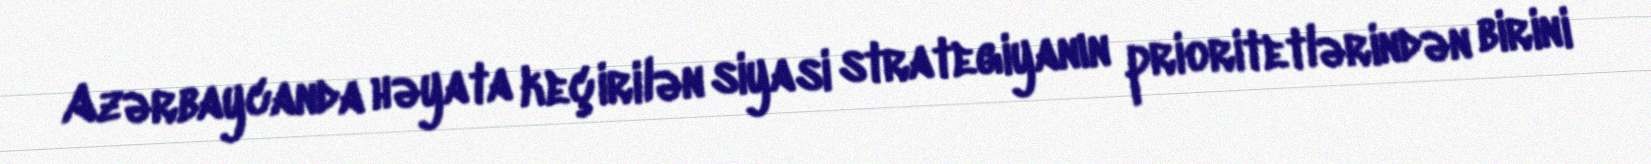
Azərbaycanda həyata keçirilən siyasi strategiyanın prioritetlərindən birini